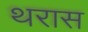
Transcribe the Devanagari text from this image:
थरास